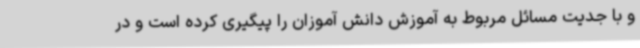
و با جدیت مسائل مربوط به آموزش دانش آموزان را پیگیری کرده است و در